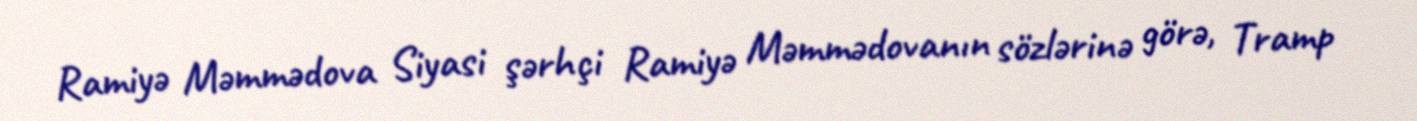
Ramiyə Məmmədova Siyasi şərhçi Ramiyə Məmmədovanın sözlərinə görə, Tramp